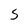
Character: S